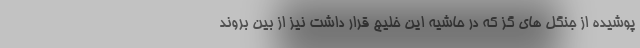
پوشیده از جنگل های گز که در حاشیه این خلیج قرار داشت نیز از بین بروند